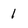
Character: 1